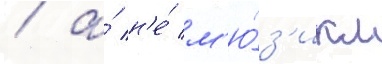
/ а́ н'е́ м'ю́з'икл